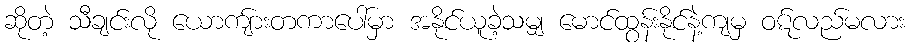
ဆိုတဲ့ သီချင်းလို ယောကျ်ားတကာပေါ်မှာ အနိုင်ယူခဲ့သမျှ မောင်ထွန်းနိုင်နဲ့ကျမှ ဝဋ်လည်မလား